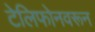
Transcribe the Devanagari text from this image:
टेलिफोनवरून